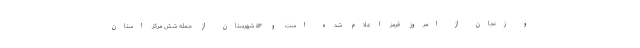
و زنجان از امروز قرمز اعلام شده است و ۵۴ شهرستان از جمله شش مرکز استان